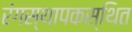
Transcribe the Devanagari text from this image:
रंगस्थापकस्थित